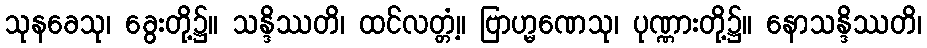
သုနခေသု၊ ခွေးတို့၌။ သန္ဒိဿတိ၊ ထင်လတ္တံ့။ ဗြာဟ္မဏေသု၊ ပုဏ္ဏားတို့၌။ နောသန္ဒိဿတိ၊